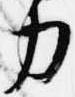
力